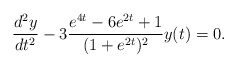
\begin{align*}\frac{d^2y}{d t^2}-3\frac{e^{4t}-6e^{2t}+1}{(1+e^{2t})^2}y(t)=0.\end{align*}